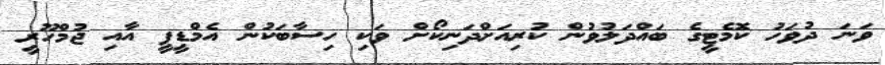
ވަނަ ދުވަހު ކޮމެޓީގެ ބައްދަލުވުން ކުރިއަށްދަނިކޯށް ވަކި ހިސާބަކުން އެމްޑީޕީ އާއި ޖުމްހޫރީ